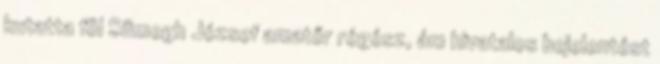
kutatta föl Sümegh József amatőr régész, ám hivatalos bejelentést